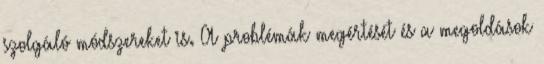
szolgáló módszereket is. A problémák megértését és a megoldások